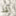
لقد